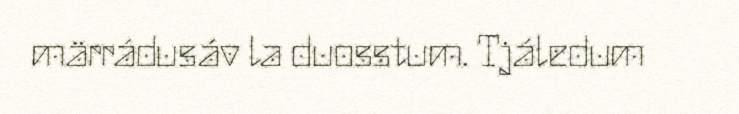
märrádusáv la duosstum. Tjáledum